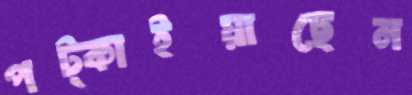
পট্‌কাইয়াছেন